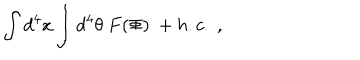
LaTeX: \int d ^ { 4 } x \int d ^ { 4 } \theta \ F ( \Phi ) \ + h . c . \ ,